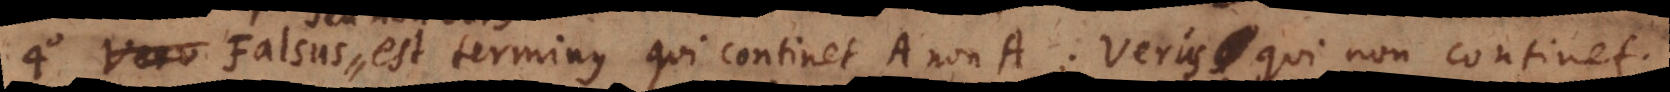
Falsus est terminus qui continet A non‐A; verus qui non continet.